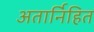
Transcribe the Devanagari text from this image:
अतार्निहित